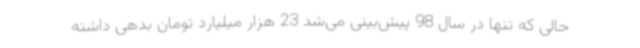
حالی که تنها در سال 98 پیش‌بینی می‌شد 23 هزار میلیارد تومان بدهی داشته